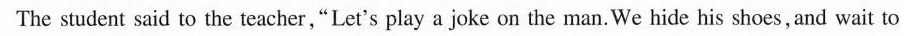
The student said to the teacher,“Let's play a joke on the man.We hide his shoes, and wait to